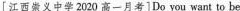
[ 江西崇义中学 2020 高一月考]Do you want to be